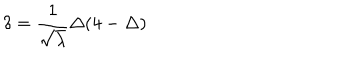
\delta = \frac { 1 } { \sqrt { \lambda } } \Delta ( 4 - \Delta )